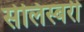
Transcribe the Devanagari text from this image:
सेलिस्बरी